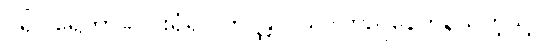
ပရိပါရေတွာ=ဝိုင်းရံ၍။ တိဋ္ဌန္တိ ဝိယ=တည်နေကုန်သကဲ့သို့။